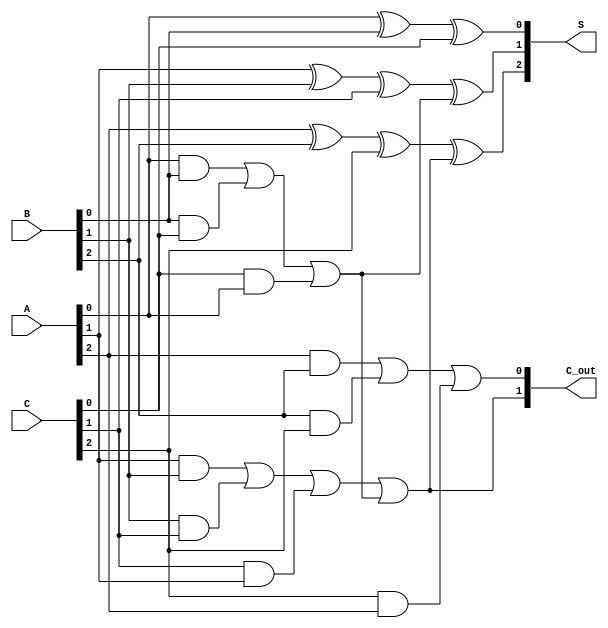
module CarrySaveAdder (
    input  [2:0] A,      // 3-bit input A
    input  [2:0] B,      // 3-bit input B
    input  [2:0] C,      // 3-bit input C
    output [2:0] S,      // 3-bit sum output
    output [1:0] C_out    // 2-bit carry output
);

    wire C1, C2; // Intermediate carry signals

    // Full Adder for LSB
    assign S[0] = A[0] ^ B[0] ^ C[0]; // Sum for LSB
    assign C1 = (A[0] & B[0]) | (B[0] & C[0]) | (C[0] & A[0]); // Carry for LSB

    // Full Adder for Middle Bit
    assign S[1] = A[1] ^ B[1] ^ C[1] ^ C1; // Sum for Middle Bit
    assign C2 = (A[1] & B[1]) | (B[1] & C[1]) | (C[1] & A[1]) | C1; // Carry for Middle Bit

    // Full Adder for MSB
    assign S[2] = A[2] ^ B[2] ^ C[2] ^ C2; // Sum for MSB
    assign C_out[0] = (A[2] & B[2]) | (B[2] & C[2]) | (C[2] & A[2]); // Carry out for MSB
    assign C_out[1] = C2; // Carry out from the middle bit

endmodule